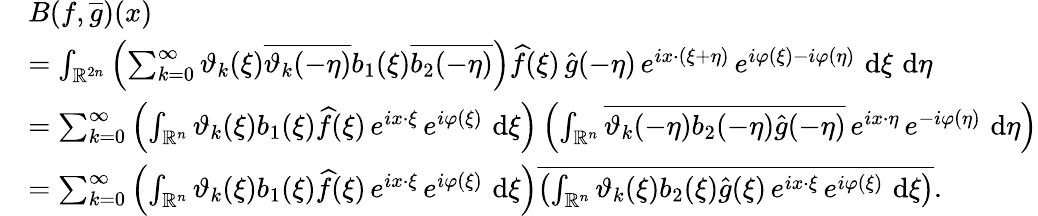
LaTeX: \begin{array}{rl}&{B(f,\overline{{g}})(x)}\\ &{=\int_{\mathbb{R}^{2n}}\left(\sum_{k=0}^{\infty}\vartheta_{k}(\xi)\overline{{\vartheta_{k}(-\eta)}}b_{1}(\xi)\overline{{b_{2}(-\eta)}}\right)\widehat{f}(\xi)\, \widehat{g}(-\eta)\, e^{ix\cdot(\xi+\eta)}\, e^{i\varphi(\xi)-i\varphi(\eta)}\, \, \mathrm{d}\xi\, \, \mathrm{d}\eta}\\ &{=\sum_{k=0}^{\infty}\left(\int_{\mathbb{R}^{n}}\vartheta_{k}(\xi)b_{1}(\xi)\widehat{f}(\xi)\, e^{ix\cdot\xi}\, e^{i\varphi(\xi)}\, \, \mathrm{d}\xi\right)\left(\int_{\mathbb{R}^{n}}\overline{{\vartheta_{k}(-\eta)b_{2}(-\eta)\widehat{g}(-\eta)}}\, e^{ix\cdot\eta}\, e^{-i\varphi(\eta)}\, \, \mathrm{d}\eta\right)}\\ &{=\sum_{k=0}^{\infty}\left(\int_{\mathbb{R}^{n}}\vartheta_{k}(\xi)b_{1}(\xi)\widehat{f}(\xi)\, e^{ix\cdot\xi}\, e^{i\varphi(\xi)}\, \, \mathrm{d}\xi\right)\overline{{\left(\int_{\mathbb{R}^{n}}\vartheta_{k}(\xi)b_{2}(\xi)\widehat{g}(\xi)\, e^{ix\cdot\xi}\, e^{i\varphi(\xi)}\, \, \mathrm{d}\xi\right)}}.}\end{array}